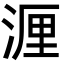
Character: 湹